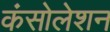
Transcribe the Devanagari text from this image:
कंसोलेशन